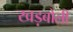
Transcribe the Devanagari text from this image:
खड़बोली